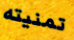
تمنيته